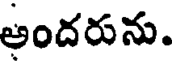
అందరును.